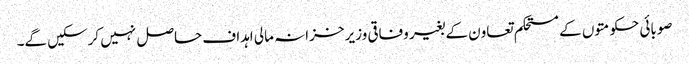
صوبائی حکومتوں کے مستحکم تعاون کے بغیر وفاقی وزیر خزانہ مالی اہداف حاصل نہیں کرسکیں گے۔